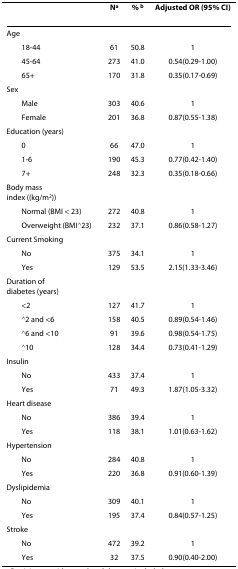
|  | Na | % b | Adjusted OR (95% CI) |
 | --- | --- | --- | --- |
 | Age |  |  |  |
 | 18-44 | 61 | 50.8 | 1 |
 | 45-64 | 273 | 41.0 | 0.54(0.29-1.00) |
 | 65+ | 170 | 31.8 | 0.35(0.17-0.69) |
 | Sex |  |  |  |
 | Male | 303 | 40.6 | 1 |
 | Female | 201 | 36.8 | 0.87(0.55-1.38) |
 | Education (years) |  |  |  |
 | 0 | 66 | 47.0 | 1 |
 | 1-6 | 190 | 45.3 | 0.77(0.42-1.40) |
 | 7+ | 248 | 32.3 | 0.35(0.18-0.66) |
 | Body mass index ((kg/m2)) |  |  |  |
 | Normal (BMI < 23) | 272 | 40.8 | 1 |
 | Overweight (BMI≧23) | 232 | 37.1 | 0.86(0.58-1.27) |
 | Current Smoking |  |  |  |
 | No | 375 | 34.1 | 1 |
 | Yes | 129 | 53.5 | 2.15(1.33-3.46) |
 | Duration of diabetes (years) |  |  |  |
 | <2 | 127 | 41.7 | 1 |
 | ≧2 and <6 | 158 | 40.5 | 0.89(0.54-1.46) |
 | ≧6 and <10 | 91 | 39.6 | 0.98(0.54-1.75) |
 | ≧10 | 128 | 34.4 | 0.73(0.41-1.29) |
 | Insulin |  |  |  |
 | No | 433 | 37.4 | 1 |
 | Yes | 71 | 49.3 | 1.87(1.05-3.32) |
 | Heart disease |  |  |  |
 | No | 386 | 39.4 | 1 |
 | Yes | 118 | 38.1 | 1.01(0.63-1.62) |
 | Hypertension |  |  |  |
 | No | 284 | 40.8 | 1 |
 | Yes | 220 | 36.8 | 0.91(0.60-1.39) |
 | Dyslipidemia |  |  |  |
 | No | 309 | 40.1 | 1 |
 | Yes | 195 | 37.4 | 0.84(0.57-1.25) |
 | Stroke |  |  |  |
 | No | 472 | 39.2 | 1 |
 | Yes | 32 | 37.5 | 0.90(0.40-2.00) |